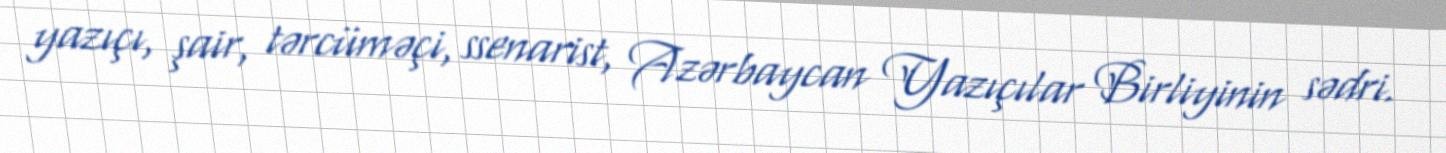
yazıçı, şair, tərcüməçi, ssenarist, Azərbaycan Yazıçılar Birliyinin sədri.